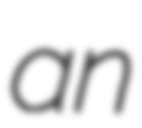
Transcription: an